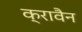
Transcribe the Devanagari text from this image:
क्रावैन